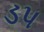
ડપ